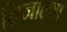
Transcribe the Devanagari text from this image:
ग्रिजाल्वा